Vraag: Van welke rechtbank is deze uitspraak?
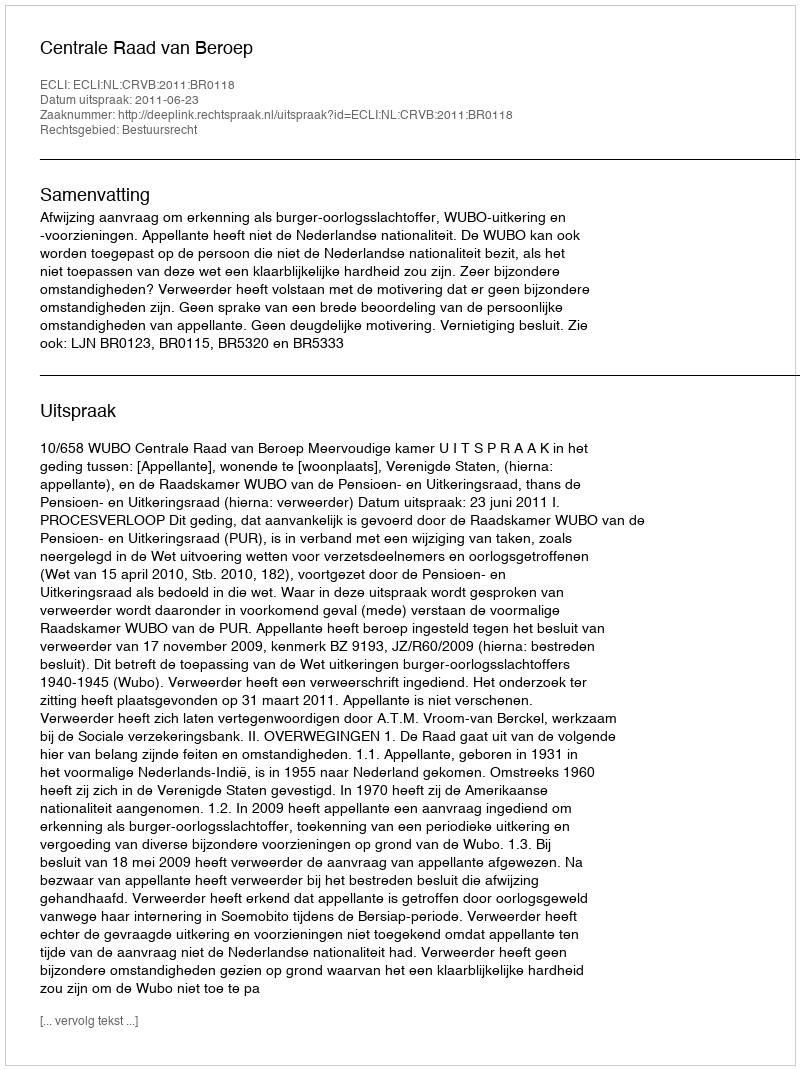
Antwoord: Centrale Raad van Beroep